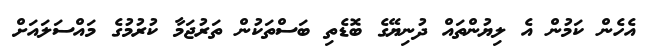
އެހެން ކަމުން އެ ލިޔުންތައް ދުނިޔޭގެ ބޮޑެތި ބަސްތަކުން ތަރުޖަމާ ކުރުމުގެ މައްސަލައަށް